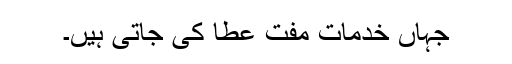
جہاں خدمات مفت عطا کی جاتی ہیں۔